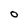
Character: O